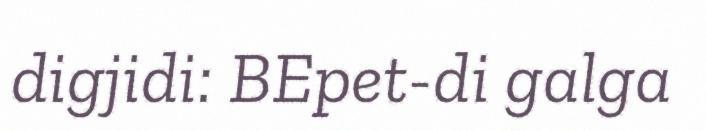
digjidi: BEpet-di galga